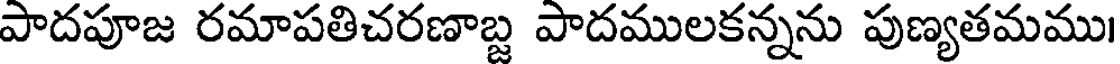
పాదపూజ రమాపతిచరణాబ్జ పాదములకన్నను పుణ్యతమము